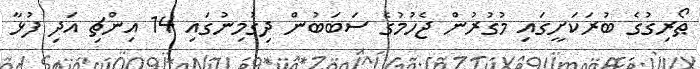
ޠޯރިގުގެ ބުރަކަށީގައި މުގުރުން ޖެހުމުގެ ސަބަބުން ދިގުމިނުގައި 14 އިންޗި އަދި ފުޅާ